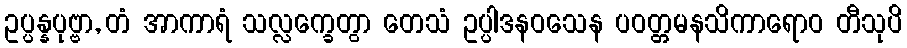
ဥပ္ပန္နပုဗ္ဗာ, တံ အာကာရံ သလ္လက္ခေတွာ တေသံ ဥပ္ပါဒနဝသေန ပဝတ္တမနသိကာရောဝ တီသုပိ